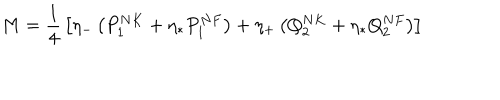
LaTeX: M = { \frac { 1 } { 4 } } \left[ \eta _ { - } \left( P _ { 1 } ^ { N K } + \eta _ { * } P _ { 1 } ^ { N F } \right) + \eta _ { + } \left( Q _ { 2 } ^ { N K } + \eta _ { * } Q _ { 2 } ^ { N F } \right) \right]